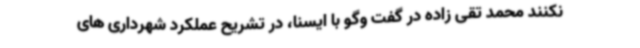
نکنند محمد تقی زاده در گفت وگو با ایسنا، در تشریح عملکرد شهرداری های